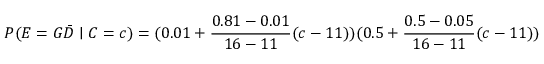
P ( E = G { \bar { D } } \mid C = c ) = ( 0 . 0 1 + { \frac { 0 . 8 1 - 0 . 0 1 } { 1 6 - 1 1 } } ( c - 1 1 ) ) ( 0 . 5 + { \frac { 0 . 5 - 0 . 0 5 } { 1 6 - 1 1 } } ( c - 1 1 ) )